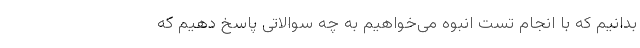
بدانیم که با انجام تست انبوه می‌خواهیم به چه سوالاتی پاسخ دهیم که